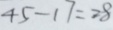
4 5 - 1 7 = 2 8